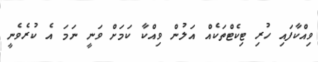
ވިއްކާފައި ހުރި ޓިކެޓްތަކެއް އަލުން ވިއްކާ ކަމަށް ވަނީ ނަމަ އެ ކުރެވެނީ